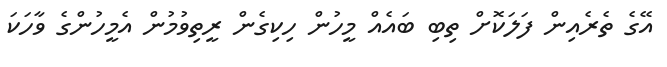
އޭގެ ތެރެއިން ފަލަކޮށް ތިބި ބައެއް މީހުން ހިކިގެން ރީތިވުމުން އެމީހުންގެ ވާހަކަ